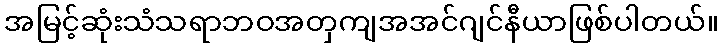
အမြင့်ဆုံးသံသရာဘဝအတှကျအအင်ဂျင်နီယာဖြစ်ပါတယ်။